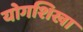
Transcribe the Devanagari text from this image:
योगशिखा